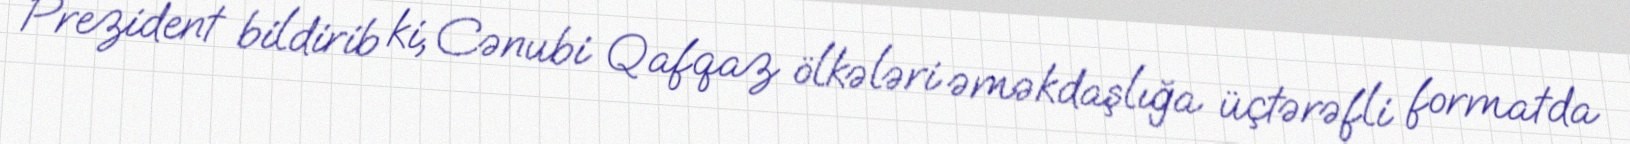
Prezident bildirib ki, Cənubi Qafqaz ölkələri əməkdaşlığa üçtərəfli formatda